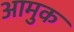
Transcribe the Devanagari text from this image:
आमुक